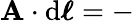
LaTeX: \mathbf{A}\cdot\mathrm{{d}}{\boldsymbol{\ell}}=-